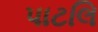
પાટલિ